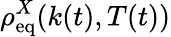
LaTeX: \rho_{\mathrm{eq}}^{X}(k(t),T(t))